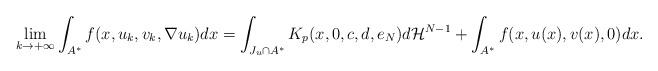
LaTeX: \begin{align*}\displaystyle{\lim_{k \to +\infty}\int_{A^\ast}f(x, u_k, v_k,\nabla u_k)dx = \int_{J_u \cap A^\ast}K_p(x,0,c,d,e_N)d{\cal H}^{N-1}+ \int_{A^\ast}f(x,u(x), v(x),0)dx.}\end{align*}